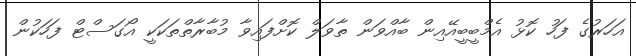
އަހަރުގެ ފަހު ކޮޅު އެމްބީބީއޭއިން ބާއްވަން ތާވަލް ކޮށްފައިވާ މުބާރާތްތަކަކީ އޯގަސްޓް ފަހަކުން